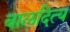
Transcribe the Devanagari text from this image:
बालदित्य